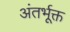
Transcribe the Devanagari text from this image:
अंतर्भूक्त